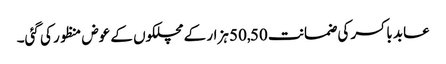
عابد باکسر کی ضمانت 50,50 ہزار کے مچلکوں کے عوض منظور کی گئی۔